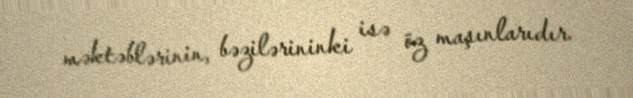
məktəblərinin, bəzilərininki isə öz maşınlarıdır.